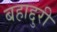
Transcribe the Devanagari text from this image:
बहाद्दुरी